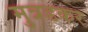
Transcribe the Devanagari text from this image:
मुत्रडकर